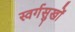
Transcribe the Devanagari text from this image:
स्वर्गसुखों